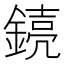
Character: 𫒸